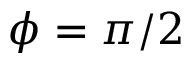
\phi = \pi / 2